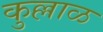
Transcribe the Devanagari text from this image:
कुल्लाळ